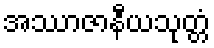
အဿာဇာနီယသုတ္တံ